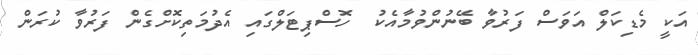
އަކީ މެޑިކަލް އަވަސް ފަރުވާ ބޭނުންވުމާއެކު  ހޮސްޕިޓަލްގައި އެދުމަތިކޮށްގެން ފަރުވާ ކުރަން